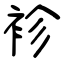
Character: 袗